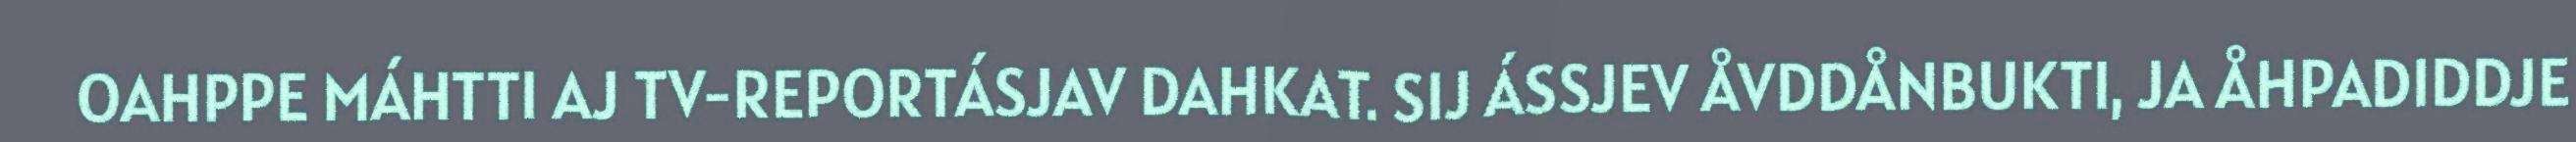
OAHPPE MÁHTTI AJ TV-REPORTÁSJAV DAHKAT. SIJ ÁSSJEV ÅVDDÅNBUKTI, JA ÅHPADIDDJE